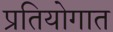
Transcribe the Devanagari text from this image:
प्रतियोगात